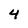
Character: 4